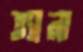
ত্যানা